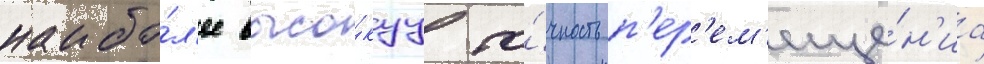
наибо́л'ее высо́куу то́чность п'ер'ем'еще́н'иа